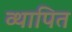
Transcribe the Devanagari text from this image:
व्थापित